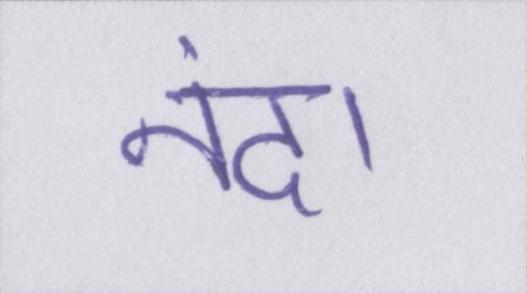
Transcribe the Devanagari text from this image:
नंदा